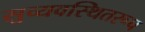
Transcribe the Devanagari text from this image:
सुव्यवस्थितरूप